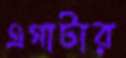
এগাটার